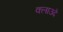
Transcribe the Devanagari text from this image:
क्लाउदे